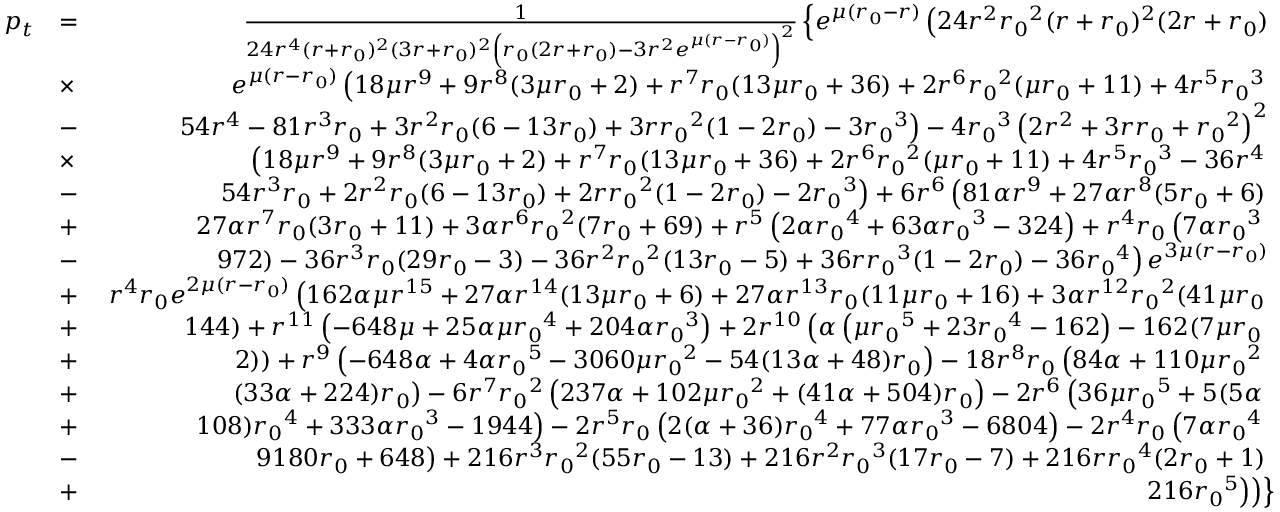
\begin{array} { r l r } { p _ { t } } & { = } & { \frac { 1 } { 2 4 r ^ { 4 } ( r + { r _ { 0 } } ) ^ { 2 } ( 3 r + { r _ { 0 } } ) ^ { 2 } \left( { r _ { 0 } } ( 2 r + { r _ { 0 } } ) - 3 r ^ { 2 } e ^ { \mu ( r - { r _ { 0 } } ) } \right) ^ { 2 } } \left\lbrace e ^ { \mu ( { r _ { 0 } } - r ) } \left( 2 4 r ^ { 2 } { r _ { 0 } } ^ { 2 } ( r + { r _ { 0 } } ) ^ { 2 } ( 2 r + { r _ { 0 } } ) \right. \right. } \\ & { \times } & { \left. \left. e ^ { \mu ( r - { r _ { 0 } } ) } \left( 1 8 \mu r ^ { 9 } + 9 r ^ { 8 } ( 3 \mu { r _ { 0 } } + 2 ) + r ^ { 7 } { r _ { 0 } } ( 1 3 \mu { r _ { 0 } } + 3 6 ) + 2 r ^ { 6 } { r _ { 0 } } ^ { 2 } ( \mu { r _ { 0 } } + 1 1 ) + 4 r ^ { 5 } { r _ { 0 } } ^ { 3 } \right. \right. \right. } \\ & { - } & { \left. \left. \left. 5 4 r ^ { 4 } - 8 1 r ^ { 3 } { r _ { 0 } } + 3 r ^ { 2 } { r _ { 0 } } ( 6 - 1 3 { r _ { 0 } } ) + 3 r { r _ { 0 } } ^ { 2 } ( 1 - 2 { r _ { 0 } } ) - 3 { r _ { 0 } } ^ { 3 } \right) - 4 { r _ { 0 } } ^ { 3 } \left( 2 r ^ { 2 } + 3 r { r _ { 0 } } + { r _ { 0 } } ^ { 2 } \right) ^ { 2 } \right. \right. } \\ & { \times } & { \left. \left. \left( 1 8 \mu r ^ { 9 } + 9 r ^ { 8 } ( 3 \mu { r _ { 0 } } + 2 ) + r ^ { 7 } { r _ { 0 } } ( 1 3 \mu { r _ { 0 } } + 3 6 ) + 2 r ^ { 6 } { r _ { 0 } } ^ { 2 } ( \mu { r _ { 0 } } + 1 1 ) + 4 r ^ { 5 } { r _ { 0 } } ^ { 3 } - 3 6 r ^ { 4 } \right. \right. \right. } \\ & { - } & { \left. \left. \left. 5 4 r ^ { 3 } { r _ { 0 } } + 2 r ^ { 2 } { r _ { 0 } } ( 6 - 1 3 { r _ { 0 } } ) + 2 r { r _ { 0 } } ^ { 2 } ( 1 - 2 { r _ { 0 } } ) - 2 { r _ { 0 } } ^ { 3 } \right) + 6 r ^ { 6 } \left( 8 1 \alpha r ^ { 9 } + 2 7 \alpha r ^ { 8 } ( 5 { r _ { 0 } } + 6 ) \right. \right. \right. } \\ & { + } & { \left. \left. \left. 2 7 \alpha r ^ { 7 } { r _ { 0 } } ( 3 { r _ { 0 } } + 1 1 ) + 3 \alpha r ^ { 6 } { r _ { 0 } } ^ { 2 } ( 7 { r _ { 0 } } + 6 9 ) + r ^ { 5 } \left( 2 \alpha { r _ { 0 } } ^ { 4 } + 6 3 \alpha { r _ { 0 } } ^ { 3 } - 3 2 4 \right) + r ^ { 4 } { r _ { 0 } } \left( 7 \alpha { r _ { 0 } } ^ { 3 } \right. \right. \right. \right. } \\ & { - } & { \left. \left. \left. \left. 9 7 2 \right) - 3 6 r ^ { 3 } { r _ { 0 } } ( 2 9 { r _ { 0 } } - 3 ) - 3 6 r ^ { 2 } { r _ { 0 } } ^ { 2 } ( 1 3 { r _ { 0 } } - 5 ) + 3 6 r { r _ { 0 } } ^ { 3 } ( 1 - 2 { r _ { 0 } } ) - 3 6 { r _ { 0 } } ^ { 4 } \right) e ^ { 3 \mu ( r - { r _ { 0 } } ) } \right. \right. } \\ & { + } & { \left. \left. r ^ { 4 } { r _ { 0 } } e ^ { 2 \mu ( r - { r _ { 0 } } ) } \left( 1 6 2 \alpha \mu r ^ { 1 5 } + 2 7 \alpha r ^ { 1 4 } ( 1 3 \mu { r _ { 0 } } + 6 ) + 2 7 \alpha r ^ { 1 3 } { r _ { 0 } } ( 1 1 \mu { r _ { 0 } } + 1 6 ) + 3 \alpha r ^ { 1 2 } { r _ { 0 } } ^ { 2 } ( 4 1 \mu { r _ { 0 } } \right. \right. \right. } \\ & { + } & { \left. \left. \left. 1 4 4 ) + r ^ { 1 1 } \left( - 6 4 8 \mu + 2 5 \alpha \mu { r _ { 0 } } ^ { 4 } + 2 0 4 \alpha { r _ { 0 } } ^ { 3 } \right) + 2 r ^ { 1 0 } \left( \alpha \left( \mu { r _ { 0 } } ^ { 5 } + 2 3 { r _ { 0 } } ^ { 4 } - 1 6 2 \right) - 1 6 2 ( 7 \mu { r _ { 0 } } \right. \right. \right. \right. } \\ & { + } & { \left. \left. \left. \left. 2 ) \right) + r ^ { 9 } \left( - 6 4 8 \alpha + 4 \alpha { r _ { 0 } } ^ { 5 } - 3 0 6 0 \mu { r _ { 0 } } ^ { 2 } - 5 4 ( 1 3 \alpha + 4 8 ) { r _ { 0 } } \right) - 1 8 r ^ { 8 } { r _ { 0 } } \left( 8 4 \alpha + 1 1 0 \mu { r _ { 0 } } ^ { 2 } \right. \right. \right. \right. } \\ & { + } & { \left. \left. \left. \left. ( 3 3 \alpha + 2 2 4 ) { r _ { 0 } } \right) - 6 r ^ { 7 } { r _ { 0 } } ^ { 2 } \left( 2 3 7 \alpha + 1 0 2 \mu { r _ { 0 } } ^ { 2 } + ( 4 1 \alpha + 5 0 4 ) { r _ { 0 } } \right) - 2 r ^ { 6 } \left( 3 6 \mu { r _ { 0 } } ^ { 5 } + 5 ( 5 \alpha \right. \right. \right. \right. } \\ & { + } & { \left. \left. \left. \left. 1 0 8 ) { r _ { 0 } } ^ { 4 } + 3 3 3 \alpha { r _ { 0 } } ^ { 3 } - 1 9 4 4 \right) - 2 r ^ { 5 } { r _ { 0 } } \left( 2 ( \alpha + 3 6 ) { r _ { 0 } } ^ { 4 } + 7 7 \alpha { r _ { 0 } } ^ { 3 } - 6 8 0 4 \right) - 2 r ^ { 4 } { r _ { 0 } } \left( 7 \alpha { r _ { 0 } } ^ { 4 } \right. \right. \right. \right. } \\ & { - } & { \left. \left. \left. \left. 9 1 8 0 { r _ { 0 } } + 6 4 8 \right) + 2 1 6 r ^ { 3 } { r _ { 0 } } ^ { 2 } ( 5 5 { r _ { 0 } } - 1 3 ) + 2 1 6 r ^ { 2 } { r _ { 0 } } ^ { 3 } ( 1 7 { r _ { 0 } } - 7 ) + 2 1 6 r { r _ { 0 } } ^ { 4 } ( 2 { r _ { 0 } } + 1 ) \right. \right. \right. } \\ & { + } & { \left. \left. \left. 2 1 6 { r _ { 0 } } ^ { 5 } \right) \right) \right\rbrace } \end{array}